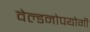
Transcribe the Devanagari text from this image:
वेल्डनोपयोगी